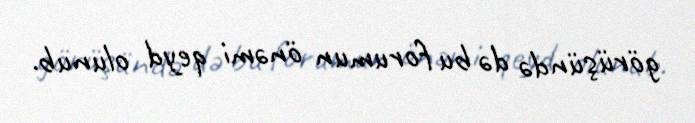
görüşündə də bu forumun önəmi qeyd olunub.